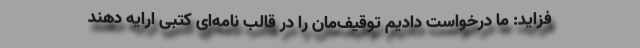
فزاید: ما درخواست دادیم توقیف‌مان را در قالب نامه‌ای کتبی ارایه دهند